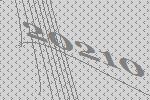
20210